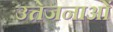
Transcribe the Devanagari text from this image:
उत्तेजनाआें